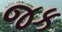
જક